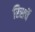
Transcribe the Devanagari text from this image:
रिसर्चे